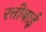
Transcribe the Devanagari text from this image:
रत्तीबाई